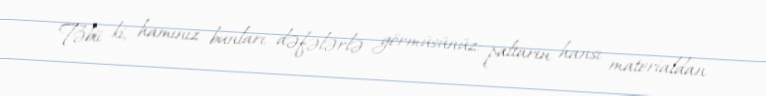
Təbii ki, hamınız bunları dəfələrlə görmüsünüz: paltarın hansı materialdan